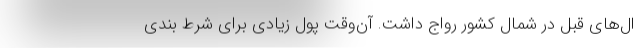
ال‌های قبل در شمال کشور رواج داشت. آن‌وقت پول زیادی برای شرط بندی